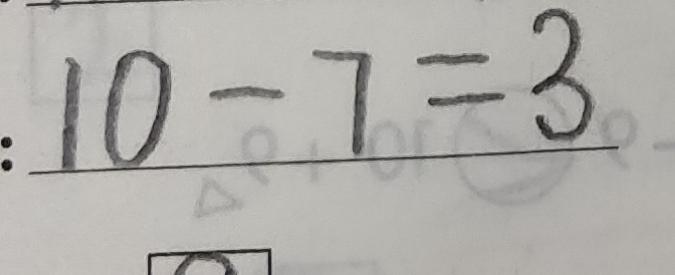
: 1 0 - 7 = 3